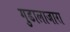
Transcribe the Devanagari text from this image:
गुडालाजारा